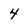
Character: 4